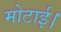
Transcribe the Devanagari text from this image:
मोटाई।